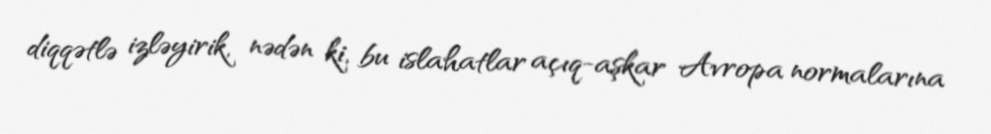
diqqətlə izləyirik, nədən ki, bu islahatlar açıq-aşkar Avropa normalarına